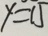
y = 1 5